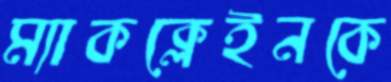
ম্যাকক্লেইনকে